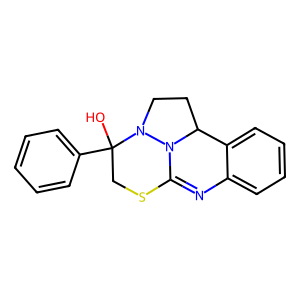
SMILES: OC1(c2ccccc2)CSC2=Nc3ccccc3C3CCN1N23
Inhibits HIV replication: No